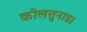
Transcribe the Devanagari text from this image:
कोलत्तुनाड।